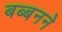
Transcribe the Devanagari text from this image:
बब्बनने